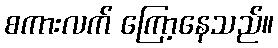
စကားလက် ကြော့နေသည်။